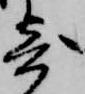
寄